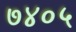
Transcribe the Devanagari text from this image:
७४०५